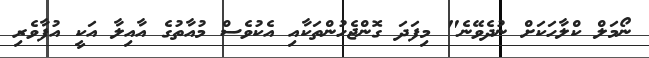
ނޯމަލް ކްލާހަކަށް ނުދެވޭނެ" މިފަދަ ގޮންޖެހުންތަކާއި އެކުވެސް މުއާތުގެ އާއިލާ އަކީ އުފާވެރި